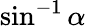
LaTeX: \sin^{-1}\alpha